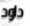
داود